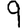
Digit: 9